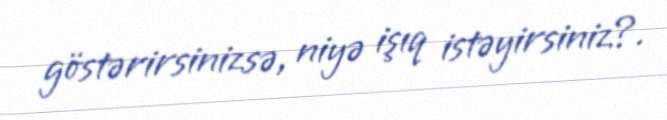
göstərirsinizsə, niyə işıq istəyirsiniz?.